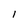
Character: 1